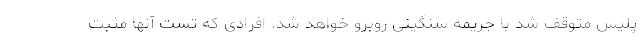
پلیس متوقف شد با جریمه سنگینی روبرو خواهد شد. افرادی که تست آنها مثبت